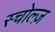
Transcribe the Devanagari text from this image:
स्चोल्ज़